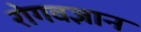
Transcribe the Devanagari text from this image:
रोगवज्ञान